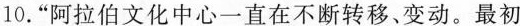
10.”阿拉伯文化中心一直在不断转移、变动。最初